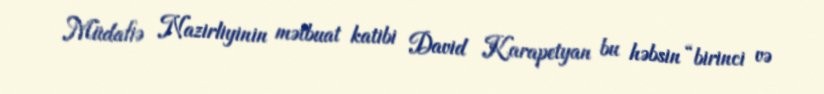
Müdafiə Nazirliyinin mətbuat katibi David Karapetyan bu həbsin “birinci və